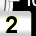
Digit: 2